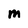
Character: M